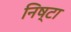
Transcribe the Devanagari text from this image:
निष्टा